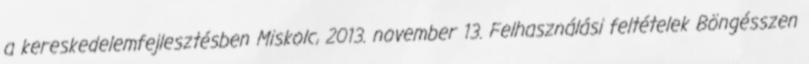
a kereskedelemfejlesztésben Miskolc, 2013. november 13. Felhasználási feltételek Böngésszen